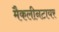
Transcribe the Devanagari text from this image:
मैकलीनटायर